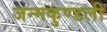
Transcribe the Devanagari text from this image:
जन्‍मकुण्‍डली